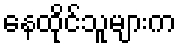
နေထိုင်သူများက